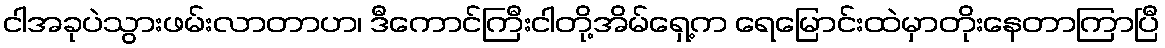
ငါအခုပဲသွားဖမ်းလာတာဟ၊ ဒီကောင်ကြီးငါတို့အိမ်ရှေ့က ရေမြောင်းထဲမှာတိုးနေတာကြာပြီ